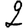
Digit: 2